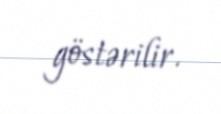
göstərilir.